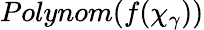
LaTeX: Polynom(f(\chi_{\gamma}))